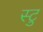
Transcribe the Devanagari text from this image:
स्टु